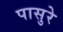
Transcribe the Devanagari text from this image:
पासुरे